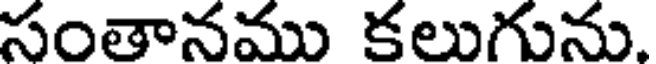
సంతానము కలుగును.